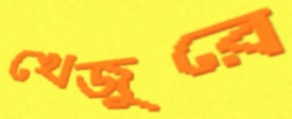
খেজুরে